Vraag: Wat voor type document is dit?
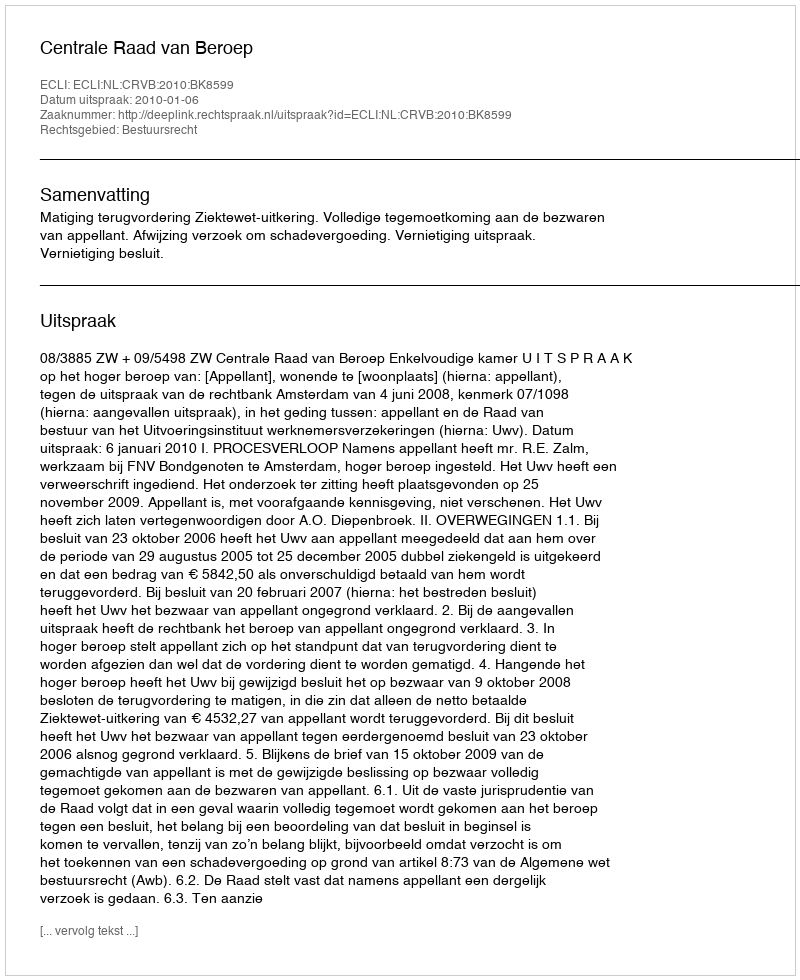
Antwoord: Uitspraak